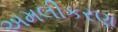
અમલીકરણ